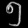
Digit: ၅